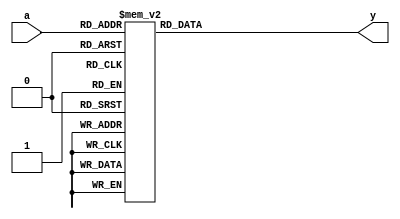
///KLEIN S-box, used as y=S(x)

module  sbox  ( a , y ) ;


input   [0:3]  a ;  // 4-bit input

output  [0:3]  y ;  // 4-bit yput

reg     [0:3]  y ;  // 4-bit yput

function [0:3] S;
input [0:3] x;
  
case ( x )
  4'h0  :  S  =  4'h7 ; 
  4'h1  :  S  =  4'h4 ; 
  4'h2  :  S  =  4'hA ; 
  4'h3  :  S  =  4'h9 ; 
  4'h4  :  S  =  4'h1 ;
  4'h5  :  S  =  4'hF ; 
  4'h6  :  S  =  4'hB ; 
  4'h7  :  S  =  4'h0 ; 
  4'h8  :  S  =  4'hC ; 
  4'h9  :  S  =  4'h3 ; 
  4'hA  :  S  =  4'h2 ; 
  4'hB  :  S  =  4'h6 ; 
  4'hC  :  S  =  4'h8 ; 
  4'hD  :  S  =  4'hE ; 
  4'hE  :  S  =  4'hD ; 
  4'hF  :  S  =  4'h5 ;
endcase
    
endfunction
  

// output
always  @ ( * )
  y = S(a);
  
endmodule